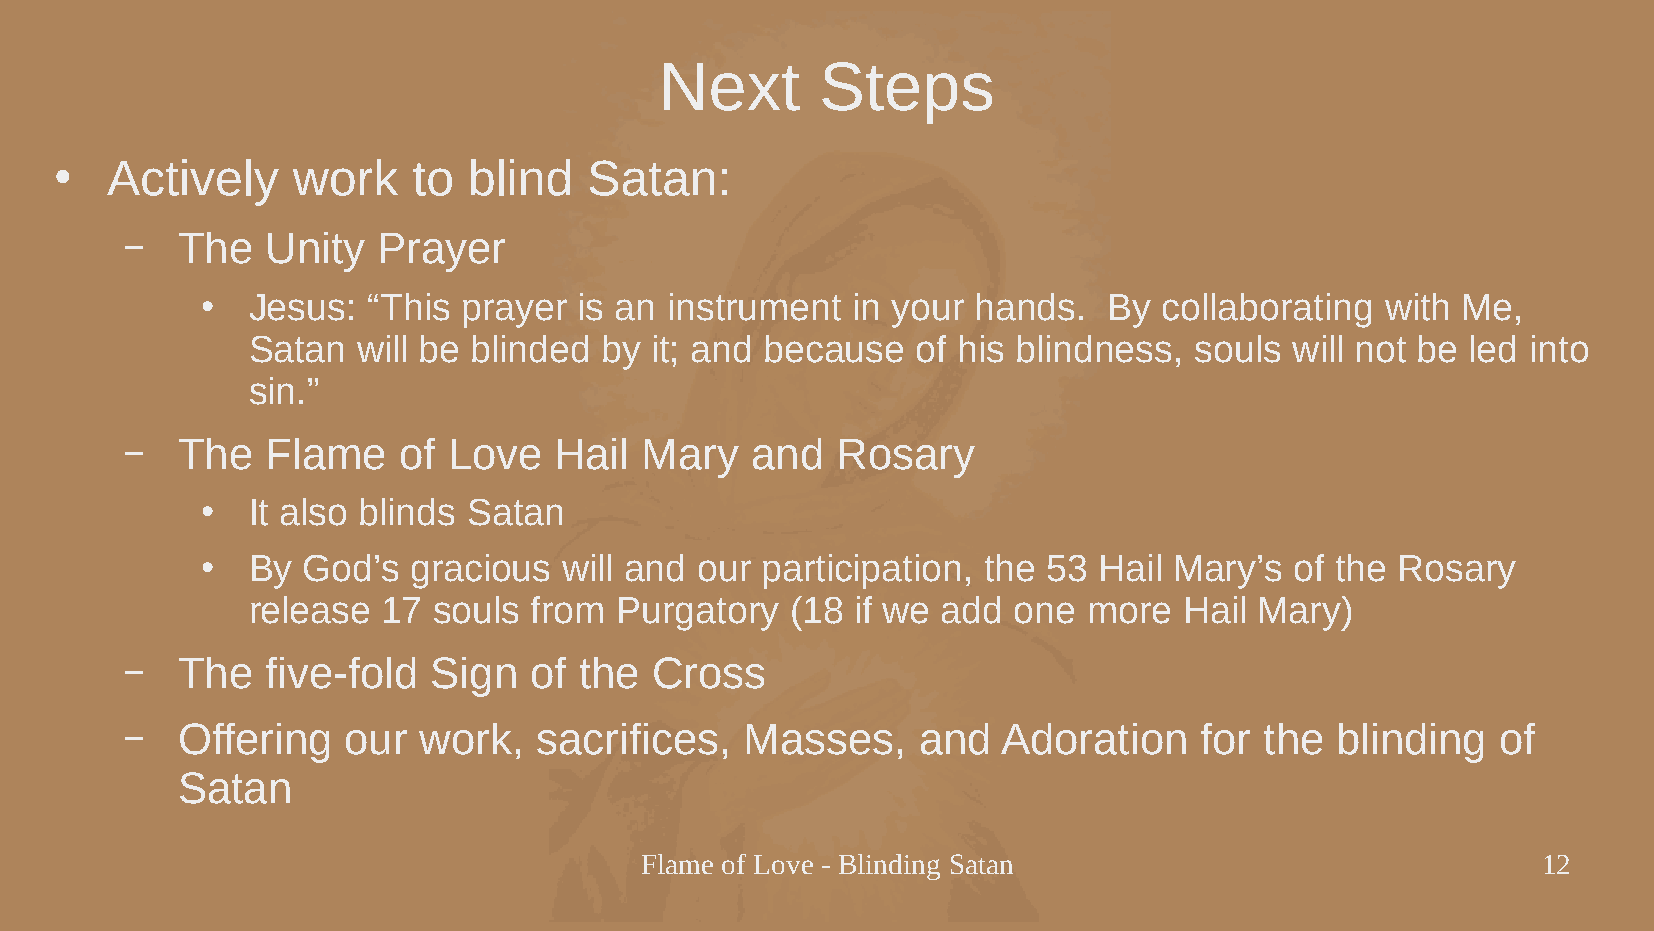
Next      Steps
 Actively    work    to  blind   Satan:
 ●
 –   The   Unity  Prayer
 Jesus:  “This  prayer is an instrument  in your  hands.  By  collaborating  with Me,
 ●
 Satan   will be blinded by it; and because   of his blindness, souls  will not be led into
 sin.”
 –   The   Flame   of  Love   Hail Mary    and  Rosary
 It also blinds Satan
 ●
 By  God’s  gracious  will and our participation, the 53  Hail Mary’s  of the Rosary
 ●
 release  17  souls from  Purgatory  (18  if we add one  more  Hail Mary)
 –   The   five-fold Sign   of the  Cross
 –   Offering   our  work,  sacrifices,   Masses,     and  Adoration    for  the blinding   of
 Satan
 Flame of Love - Blinding Satan                              12